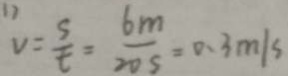
V = \frac { S } { t } = \frac { 6 m } { 2 0 s } = 0 . 3 m / s